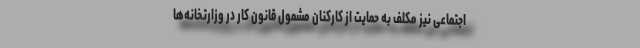
اجتماعی نیز مکلف به حمایت از کارکنان مشمول قانون کار در وزارتخانه‌ها